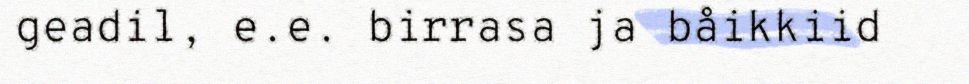
geadil, e.e. birrasa ja båikkiid